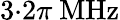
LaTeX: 3{\cdot}2\pi\ \mathrm{MHz}